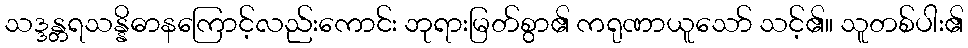
သဒ္ဒန္တရသန္နိဓာနကြောင့်လည်းကောင်း ဘုရားမြတ်စွာ၏ ကရုဏာယူသော် သင့်၏။ သူတစ်ပါး၏